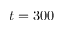
t = 3 0 0